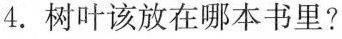
4.树叶该放在哪本书里？